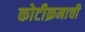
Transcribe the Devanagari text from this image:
कोटीक्रमाची